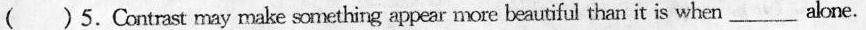
( )5. Contrast may make something appear more beautiful than it is when___alone.